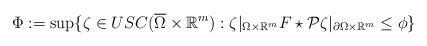
LaTeX: \begin{align*}\Phi:= \sup \{ \zeta \in USC(\overline{\Omega} \times \mathbb R^m): \zeta|_{\Omega\times \mathbb R^m} F\star\mathcal P\zeta|_{\partial \Omega\times \mathbb R^m} \le \phi \}\end{align*}